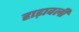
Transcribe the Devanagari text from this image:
हाड़ावली